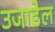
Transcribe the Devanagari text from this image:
उजाडेल